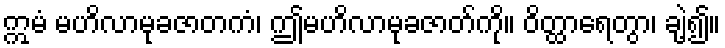
ဣမံ မဟိလာမုခဇာတကံ၊ ဤမဟိလာမုခဇာတ်ကို။ ဝိတ္ထာရေတွာ၊ ချဲ့၍။